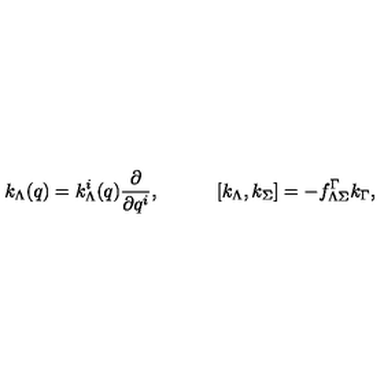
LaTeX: k _ { \Lambda } ( q ) = k _ { \Lambda } ^ { i } ( q ) { \frac { \partial } { \partial q ^ { i } } } , \quad \quad \quad [ k _ { \Lambda } , k _ { \Sigma } ] = - f _ { \Lambda \Sigma } ^ { \Gamma } k _ { \Gamma } ,